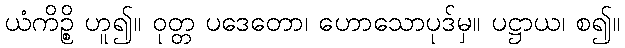
ယံကိဉ္စိ ဟူ၍။ ဝုတ္တ ပဒေတော၊ ဟောသောပုဒ်မှ။ ပဋ္ဌာယ၊ စ၍။